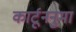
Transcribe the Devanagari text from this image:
कार्टूननुमा